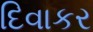
દિવાકર